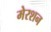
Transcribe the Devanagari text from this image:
मेरशन